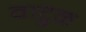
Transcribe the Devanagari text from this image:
वाटुळ